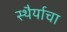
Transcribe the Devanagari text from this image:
स्थैर्याचा